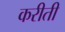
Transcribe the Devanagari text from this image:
करीती